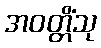
အဝတ္တိံသု